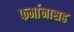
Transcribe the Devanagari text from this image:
फर्मानासह